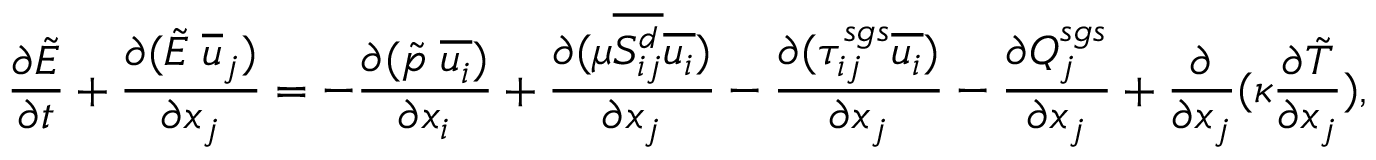
\frac { \partial \tilde { E } } { \partial t } + \frac { \partial ( \tilde { E } \; \overline { { u } } _ { j } ) } { \partial x _ { j } } = - \frac { \partial ( \tilde { p } \; \overline { { u _ { i } } } ) } { \partial x _ { i } } + \frac { \partial ( \mu \overline { { S _ { i j } ^ { d } } } \overline { { u _ { i } } } ) } { \partial x _ { j } } - \frac { \partial ( \tau _ { i j } ^ { s g s } \overline { { u _ { i } } } ) } { \partial x _ { j } } - \frac { \partial Q _ { j } ^ { s g s } } { \partial x _ { j } } + \frac { \partial } { \partial x _ { j } } ( \kappa \frac { \partial \tilde { T } } { \partial x _ { j } } ) ,